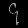
Digit: ၄